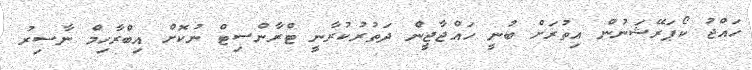
ހައްޖު ކޯޕަރޭޝަނުން އިތުރަށް ބުނީ ހައްޖާޖީން ދަތުރުކުރާނީ ޓްރާންސިޓް ނުކޮށް އިބްރާހިމް ނާސިރު